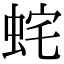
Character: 䖳